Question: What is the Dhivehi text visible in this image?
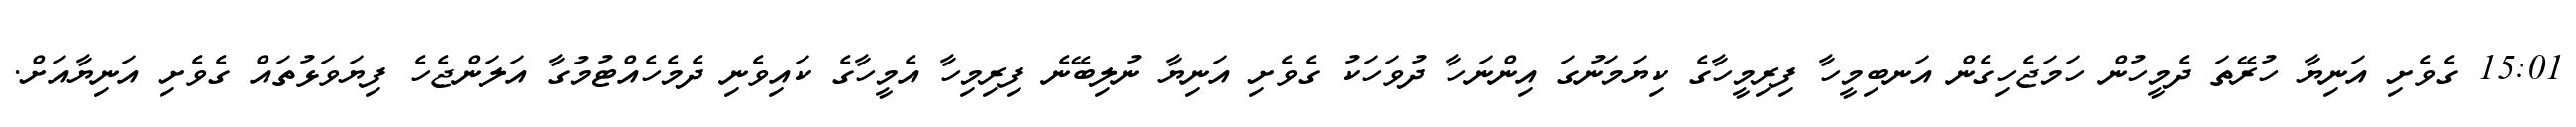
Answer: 15:01 ގެވެށި އަނިޔާ ހުރޭތަ ދެމީހުން ހަމަޖެހިގެން އަނބިމީހާ ފިރިމީހާގެ ކިޔަމަނުގަ އިންނަހާ ދުވަހަކު ގެވެށި އަނިޔާ ނުލިބޭނެ ފިރިމިހާ އެމީހާގެ ކައިވެނި ދެމެހެއްޓުމުގާ އަލަންޖެހެ ފިޔަވަޅުތައް ގެވެށި އަނިޔާއަށް.